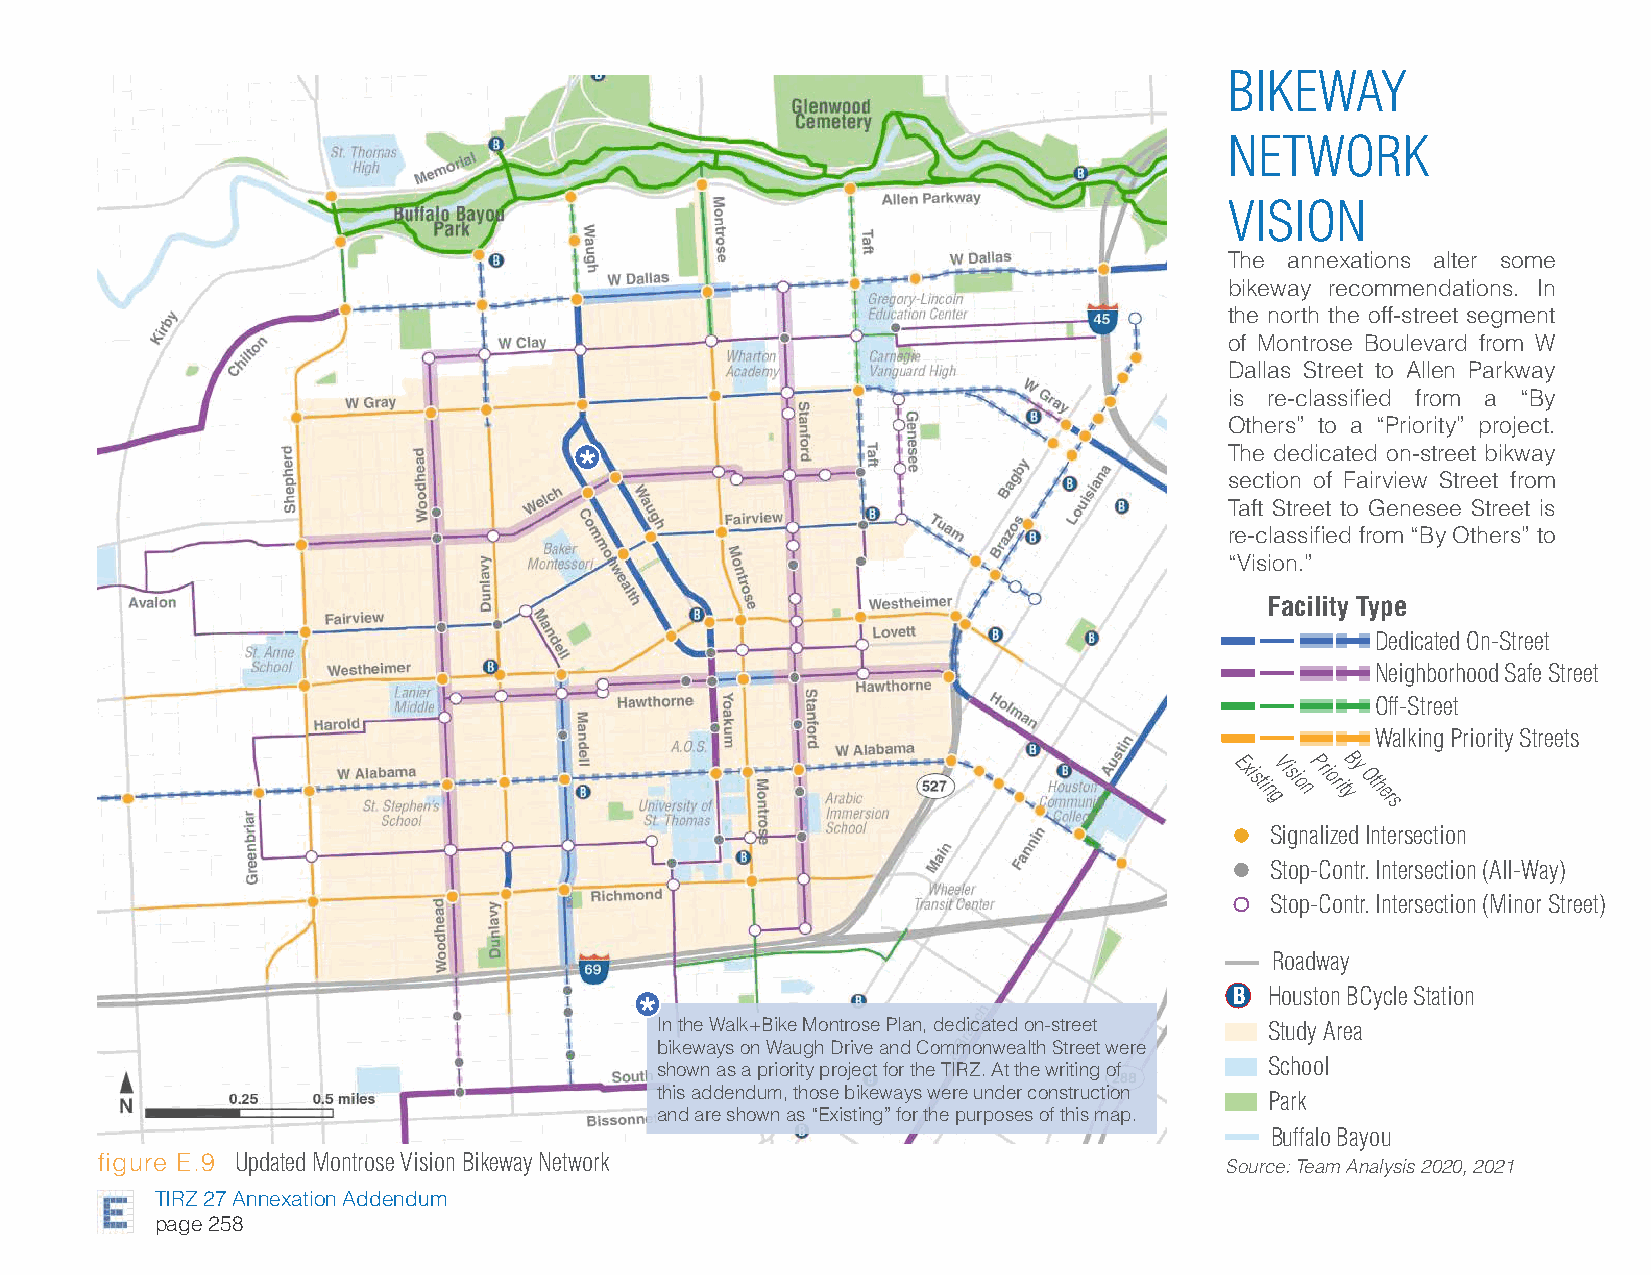
BIKEWAY
 NETWORK
 VISION
 The annexations alter some
 bikeway recommendations. In
 the north the off-street segment
 of Montrose Boulevard from W
 Dallas Street to Allen Parkway
 is re-classified from a “By
 Others” to a “Priority” project.
 *                                          The dedicated on-street bikway
 section of Fairview Street from
 Taft Street to Genesee Street is
 re-classified from “By Others” to
 “Vision.”
 Facility Type
 Dedicated On-Street
 Neighborhood Safe Street
 Off-Street
 Walking Priority Streets
 Existi
 n
 gVisi
 o
 nPri orityBy
 Ot hers
 Signalized Intersection
 Stop-Contr. Intersection (All-Way)
 Stop-Contr. Intersection (Minor Street)
 Roadway
 B Houston BCycle Station
 *
 In the Walk+Bike Montrose Plan, dedicated on-street Study Area
 bikeways on Waugh Drive and Commonwealth Street were
 shown as a priority project for the TIRZ. At the writing of School
 this addendum, those bikeways were under construction
 Park
 and are shown as “Existing” for the purposes of this map.
 Buffalo Bayou
 figure E.9 Updated Montrose Vision Bikeway Network
 Source: Team Analysis 2020, 2021
 TIRZ 27 Annexation Addendum
 page 258